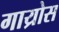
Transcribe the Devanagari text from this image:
गाय्रोस